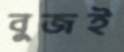
বুজই